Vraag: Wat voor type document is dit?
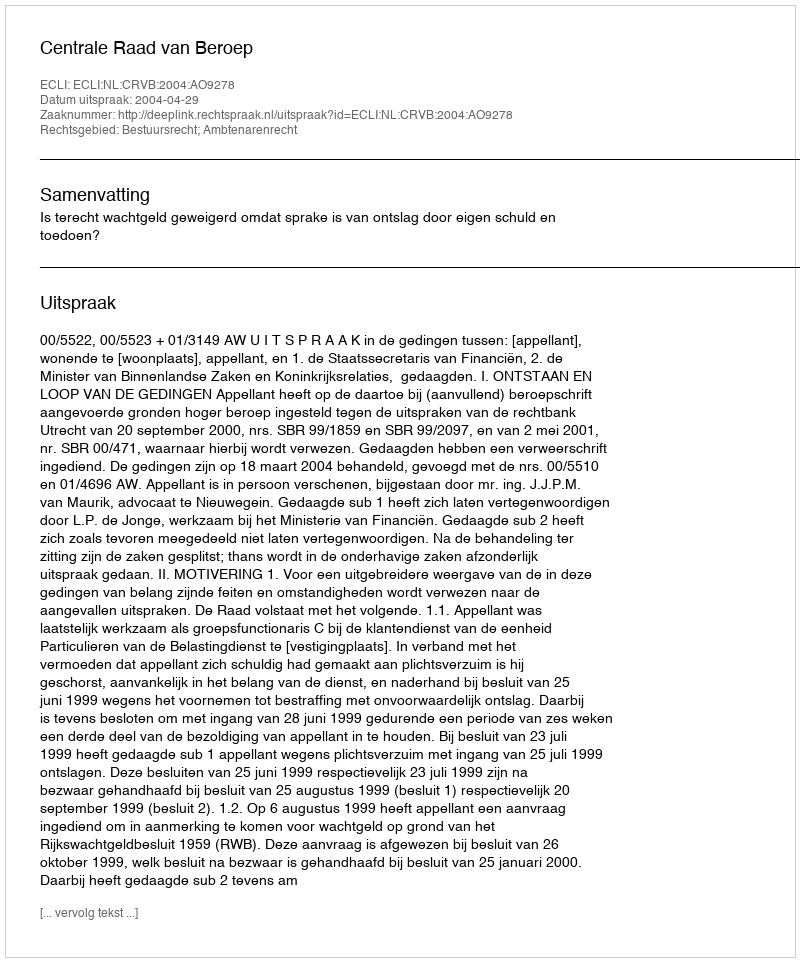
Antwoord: Uitspraak